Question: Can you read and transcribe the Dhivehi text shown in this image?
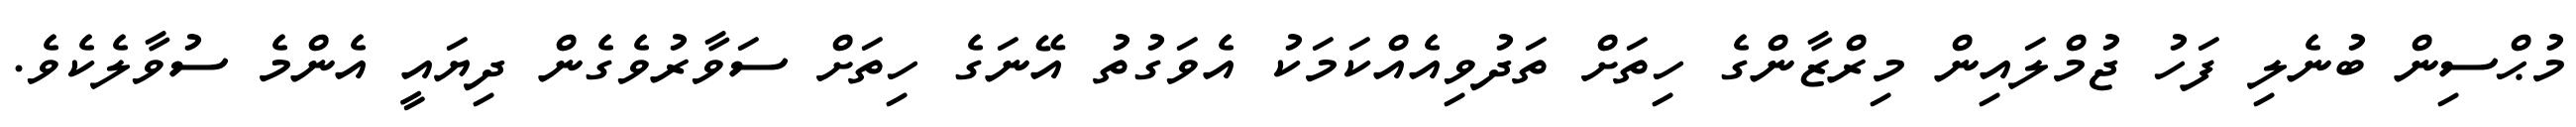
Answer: މުޙްސިން ބުނެލި ފަހު ޖުމްލައިން މިރްޒާންގެ ހިތަށް ތަދުވިއެއްކަމަކު އެވަގުތު އޭނަގެ ހިތަށް ސަވާރުވެގެން ދިޔައީ އެންމެ ސުވާލެކެވެ.